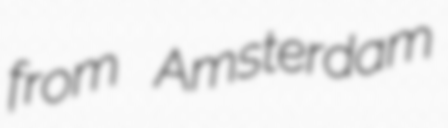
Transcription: from Amsterdam